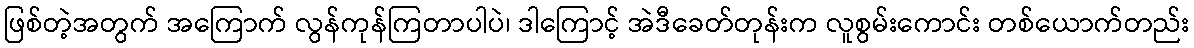
ဖြစ်တဲ့အတွက် အကြောက် လွန်ကုန်ကြတာပါပဲ၊ ဒါကြောင့် အဲဒီခေတ်တုန်းက လူစွမ်းကောင်း တစ်ယောက်တည်း